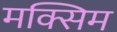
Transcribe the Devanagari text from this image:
मक्सिम